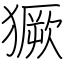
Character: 獗